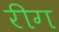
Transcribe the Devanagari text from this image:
रीग